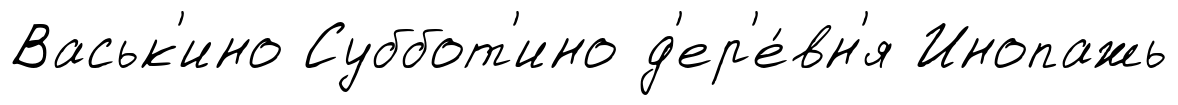
Васьк'ино Суббот'ино д'ер'е́вн'я Инопажь